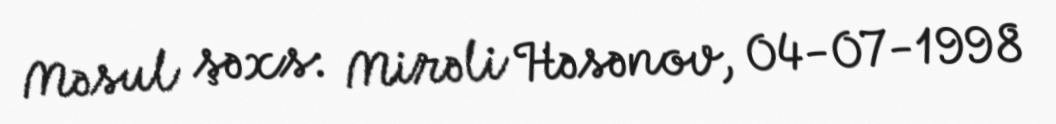
Məsul şəxs: Mirəli Həsənov, 04-07-1998